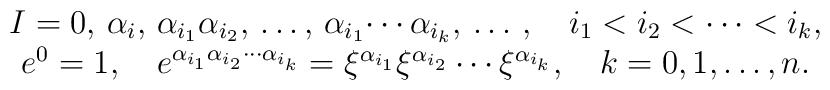
\begin{array}{c}I=0,\,\alpha_i,\,\alpha_{i_1}\alpha_{i_2},\,\ldots,\,\alpha_{i_1}\!\cdots\alpha_{i_k},\,\ldots\,,\quad i_1<i_2<\cdots<i_k, \\e^0=1,\quad e^{\alpha_{i_1}\alpha_{i_2}\cdots\alpha_{i_k}}=\xi^{\alpha_{i_1}}\xi^{\alpha_{i_2}}\cdots\xi^{\alpha_{i_k}},\quad k=0,1, \ldots, n.\end{array}